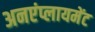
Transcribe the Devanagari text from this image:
अनएंप्लायमेंट